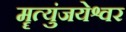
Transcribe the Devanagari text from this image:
मॄत्युंजयेश्वर